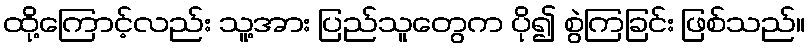
ထို့ကြောင့်လည်း သူ့အား ပြည်သူတွေက ပို၍ စွဲကြခြင်း ဖြစ်သည်။